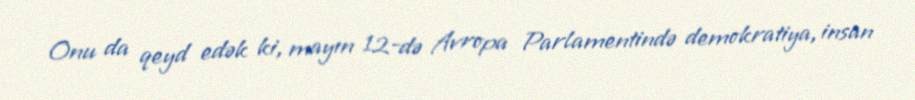
Onu da qeyd edək ki, mayın 12-də Avropa Parlamentində demokratiya, insan